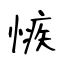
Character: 愱